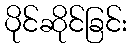
ပိုင်ဆိုင်ခြင်း